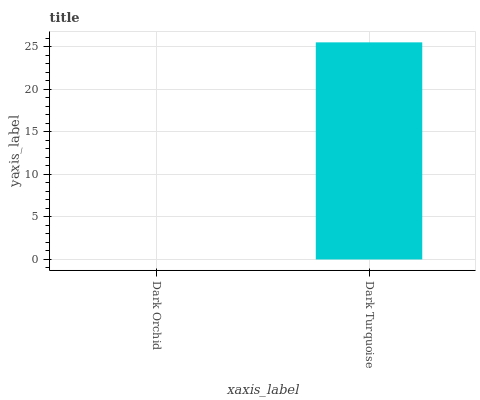
| xaxis_label | bars |
 | --- | --- |
 | Dark Orchid | 0 |
 | Dark Turquoise | 25.5 |